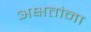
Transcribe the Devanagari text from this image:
अक्षतांना